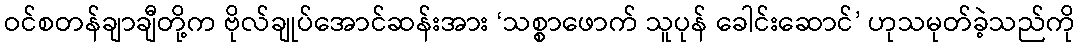
ဝင်စတန်ချာချီတို့က ဗိုလ်ချုပ်အောင်ဆန်းအား ‘သစ္စာဖောက် သူပုန် ခေါင်းဆောင်’ ဟုသမုတ်ခဲ့သည်ကို